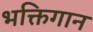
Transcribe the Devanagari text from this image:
भक्तिगान